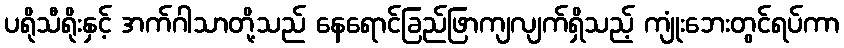
ပရိုသီရိုးနှင့် အက်ဂါသာတို့သည် နေရောင်ခြည်ဖြာကျလျက်ရှိသည့် ကျုံးဘေးတွင်ရပ်ကာ